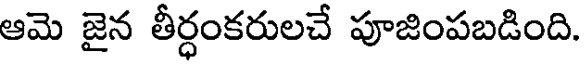
ఆమె జైన తీర్ధంకరులచే పూజింపబడింది.